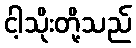
ငါ့သိုးတို့သည်